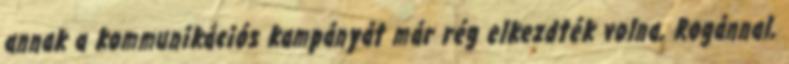
annak a kommunikációs kampányát már rég elkezdték volna, Rogánnal,